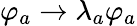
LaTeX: \varphi_{a}\rightarrow\lambda_{a}\varphi_{a}